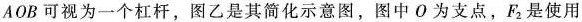
AOB可视为一个杠杆，图乙是其简化示意图，图中O为支点，F_{2}是使用